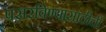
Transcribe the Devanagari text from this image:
पसरविण्यासाठीची